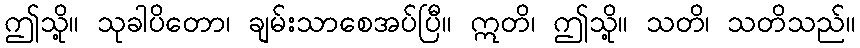
ဤသို့။ သုခါပိတော၊ ချမ်းသာစေအပ်ပြီ။ ဣတိ၊ ဤသို့။ သတိ၊ သတိသည်။